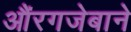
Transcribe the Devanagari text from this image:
औंरगजेबाने